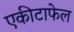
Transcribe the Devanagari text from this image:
एकीटाफेल